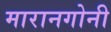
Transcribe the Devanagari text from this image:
मारानगोनी